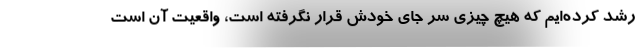
رشد کرده‌ایم که هیچ چیزی سر جای خودش قرار نگرفته است، واقعیت آن است